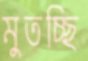
মুতচ্ছি